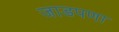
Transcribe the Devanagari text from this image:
जाडपणा